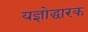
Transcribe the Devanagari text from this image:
यज्ञोद्धारक